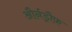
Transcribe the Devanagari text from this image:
और्नड्रौफ़